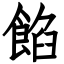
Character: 餡